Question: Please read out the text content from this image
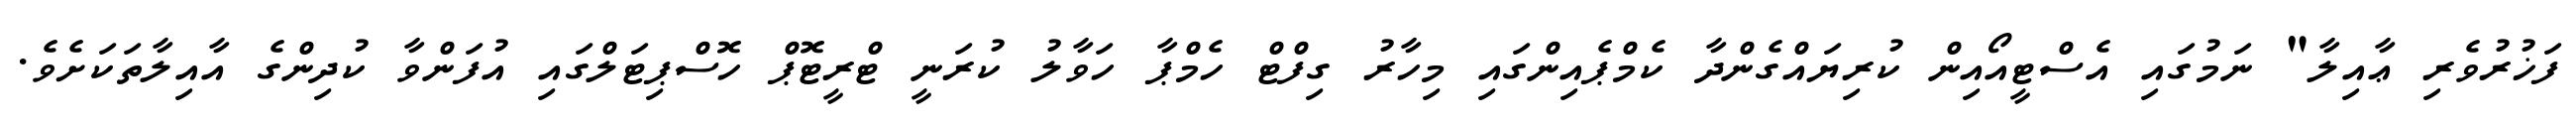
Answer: ފަޚުރުވެރި ޢާއިލާ" ނަމުގައި އެސްޓީއޯއިން ކުރިޔައްގެންދާ ކެމްޕެއިންގައި މިހާރު ގިފްޓް ހެމްޕާ ހަވާލު ކުރަނީ ޓްރީޓޮޕް ހޮސްޕިޓަލްގައި އުފަންވާ ކުދިންގެ އާއިލާތަކަށެވެ.